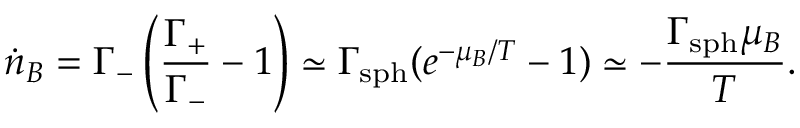
{ \dot { n } } _ { B } = \Gamma _ { - } \left( { \frac { \Gamma _ { + } } { \Gamma _ { - } } } - 1 \right) \simeq \Gamma _ { \mathrm { s p h } } ( { e } ^ { - \mu _ { B } / T } - 1 ) \simeq - { \frac { \Gamma _ { \mathrm { s p h } } \mu _ { B } } { T } } .